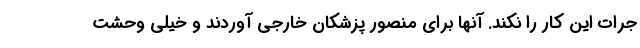
جرات این کار را نکند. آنها برای منصور پزشکان خارجی آوردند و خیلی وحشت